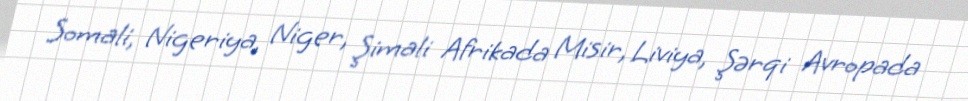
Somali, Nigeriya, Niger, Şimali Afrikada Misir, Liviya, Şərqi Avropada